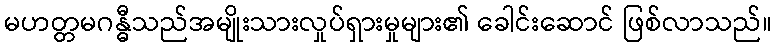
မဟတ္တမဂန္ဓီသည်အမျိုးသားလှုပ်ရှားမှုများ၏ ခေါင်းဆောင် ဖြစ်လာသည်။